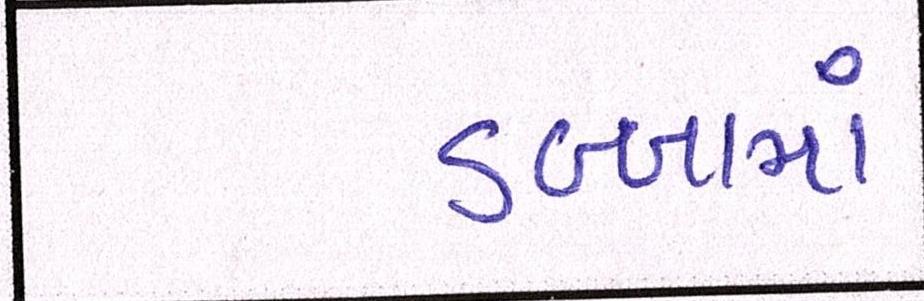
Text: ડબ્બામાં